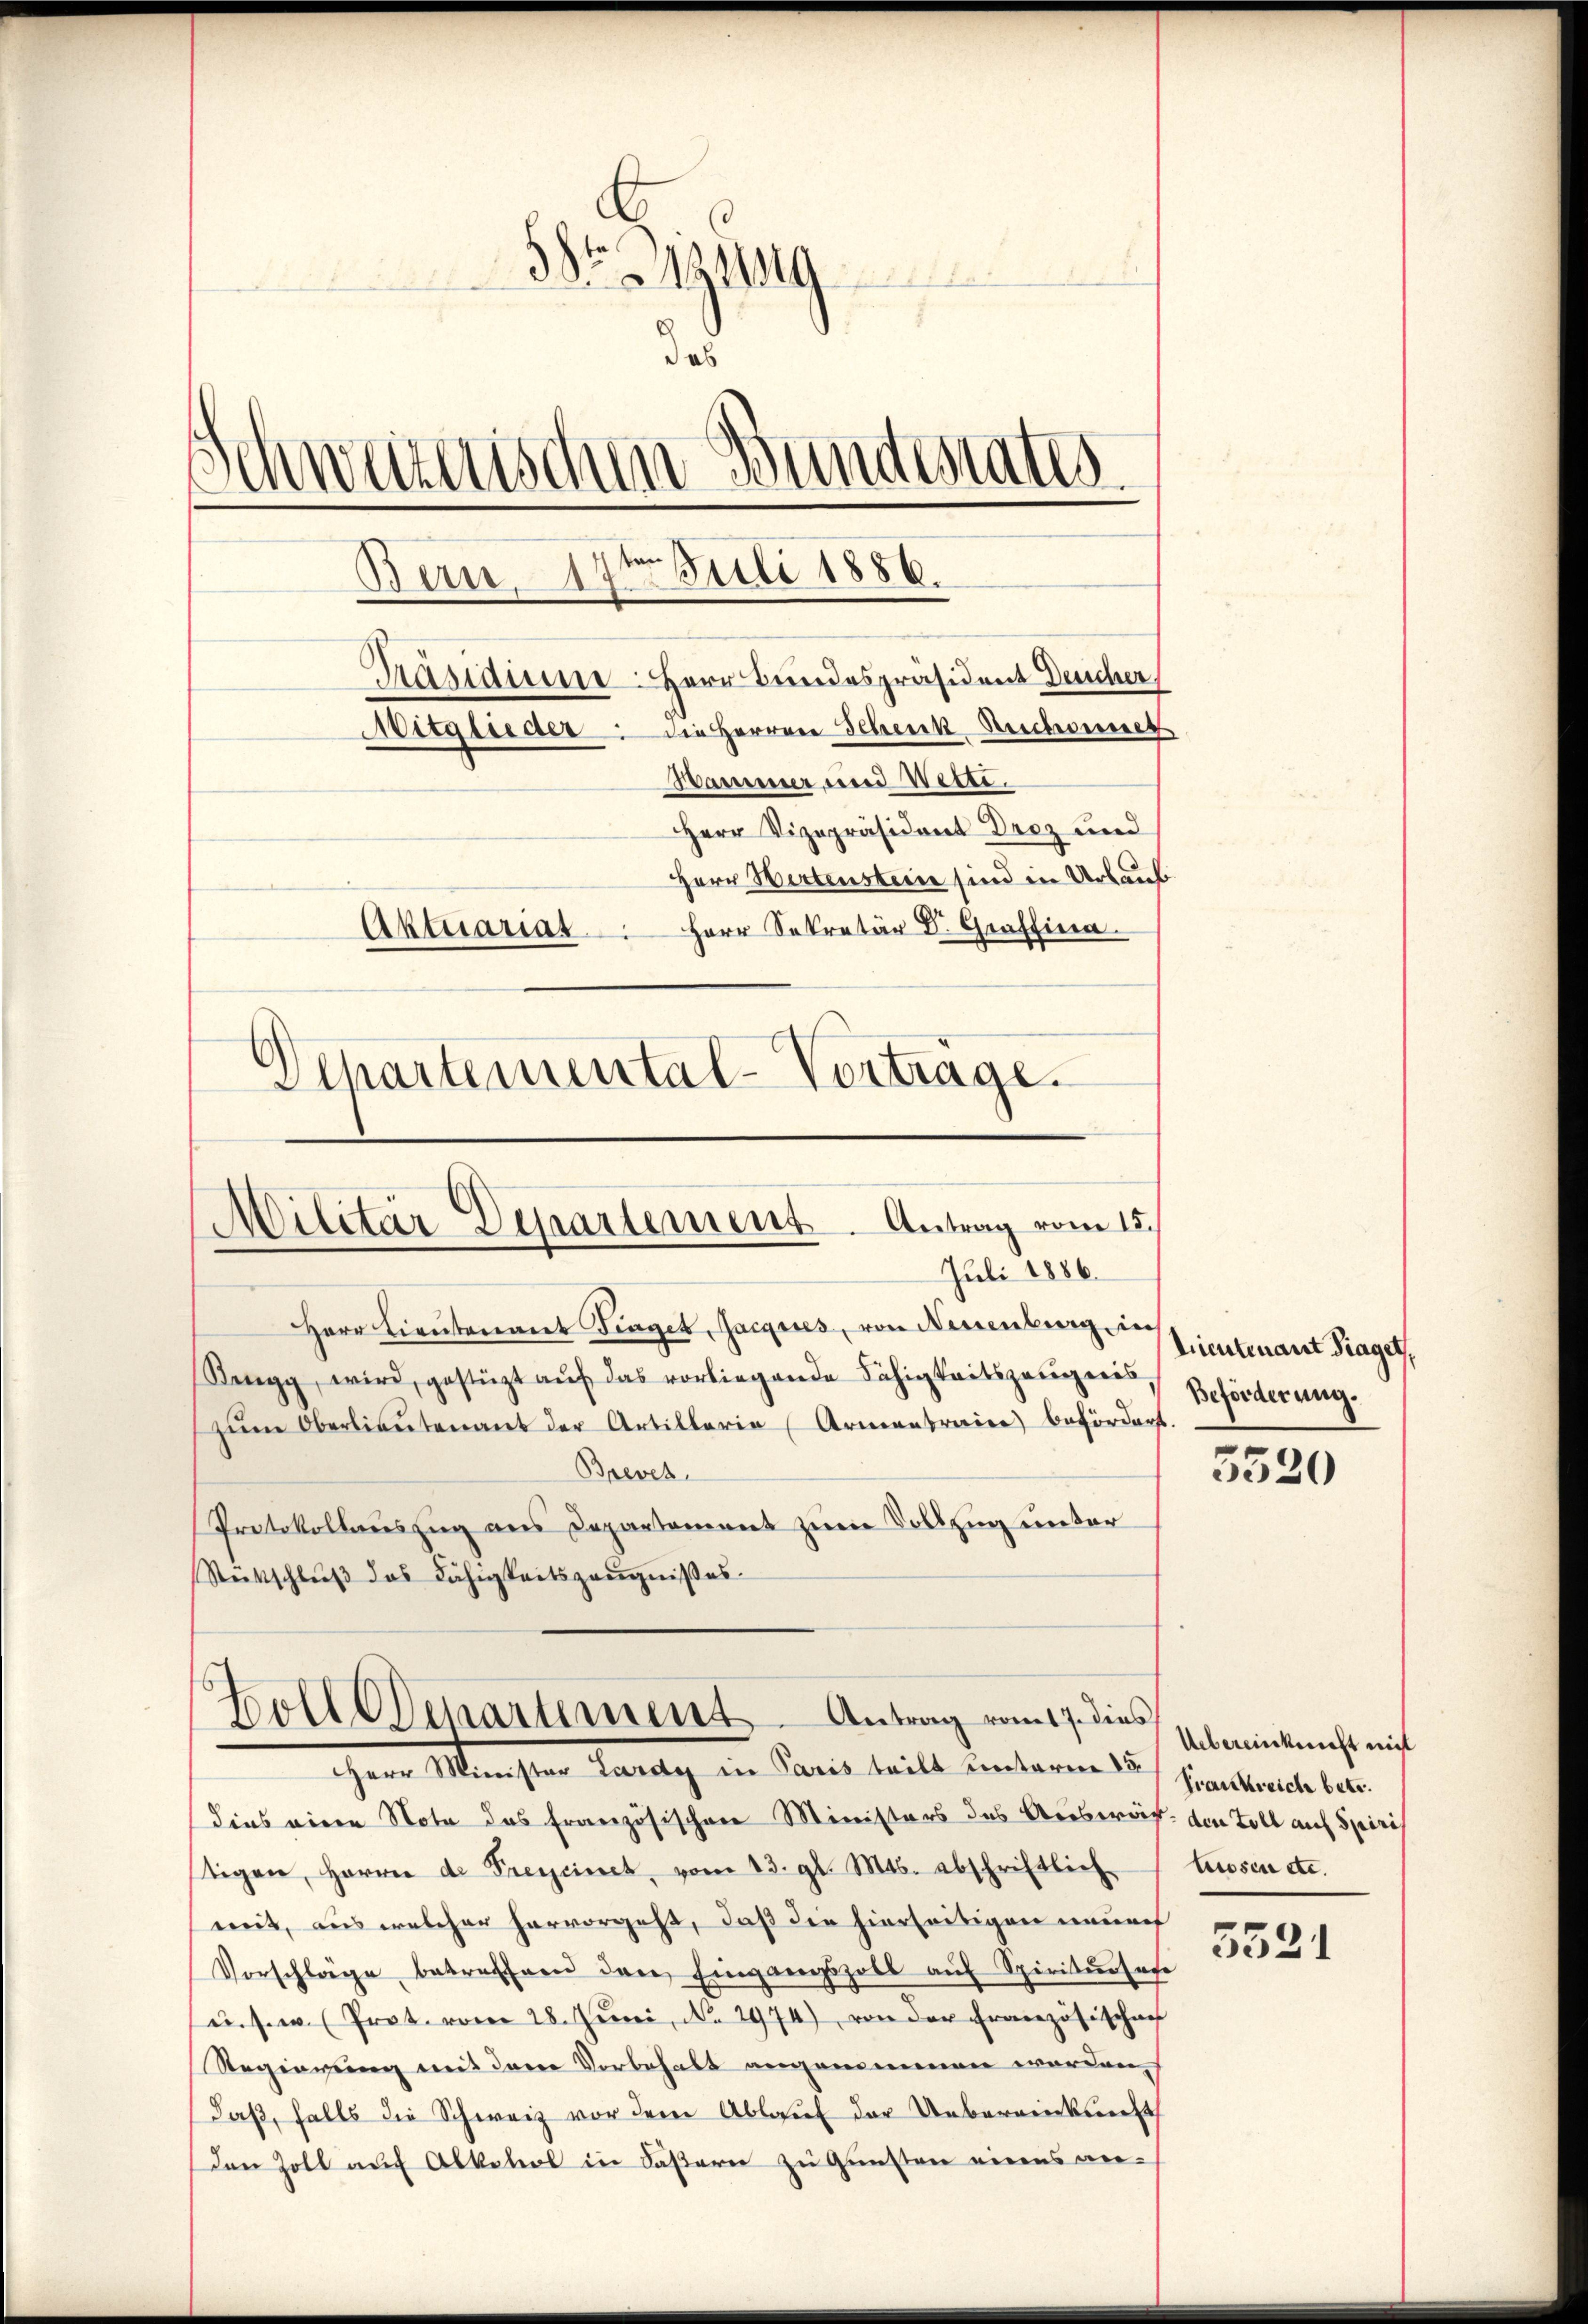
88r Gisig
das
Schweizerischen Bundestates
e
Bern 17. Juli 1886.
Präsidium. Herr Bundespräsident Deucher
Mitglieder die Herren Schenk Rechnet
Hammer und Wette.
HHerr Vizepräsident Droz und
Herr Wertensteine sind in Urlaub
Aktuariat Herr Sekretär Dr. Graffina
)
Apartemental-Vorträge.

d
Dilitär Departement. Antrag vom 15.
Juli 1886.
Herr Lieutenant Fraget, Jacquis, von Neuenburg lieutenant Frages,

Rengg, wird, gestützt aŭf das vorliegende Fähigkeitszeugenes,
zŭm Oberlieŭtenant der Artillaria Armentraire befördert.
Breves
Protokollauszug aus Departement zum Vollzug unter
Rückschlŭβ das Fähigkeitszeŭgnißes

Soll Departement Antrag vom 17. dies
Herr Minister haltig in Paris heilt unterm 15.

dies eine Note das französischen Ministers des Auswär den Toll auf Spiris
tigen, Harrer de Freycinet, vom 13. gl. Mts. abschriftlich
mit, aus welcher hervorgeht, daß die hierseitigen neurch
Vorschläge betreffen den Eingangszoll aŭf Spiritŭrsese
u.s.w. Prot. vom 28. Juni, No. 2974), von der Französischaf
Regierung mit dem Vorbehalt angenommenen worden,
daß, falls die Schweiz vor dem Ablauf der Uebereinkunft
den Zoll auf Alkohol in Fäßern zu Gunsten eines an¬

Beförderung.

5520

Uebereinkunft nicht
Frankreiche betr.
tuosen etc.
3521